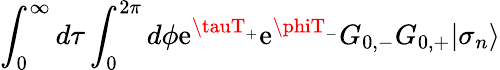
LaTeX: \int_{0}^{\infty}d\tau\int_{0}^{2\pi}d\phi{\textstyle\mathrm{e}}^{\tauT_{+}}{\textstyle\mathrm{e}}^{\phiT_{-}}G_{0,-}G_{0,+}|\sigma_{n}\rangle